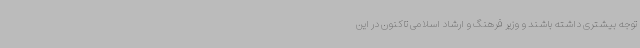
توجه بیشتری داشته باشند و وزیر فرهنگ و ارشاد اسلامی تاکنون در این